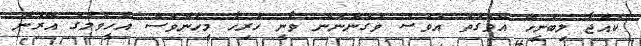
ކުއްޖާ ލިބުނީހޭ އެވަގުތު އަވަސް ވެގަންނަން ވާނީ ހުރިހާ މީހުންވަސް އެހީވުމުގަ އޭރުން